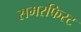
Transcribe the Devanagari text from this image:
समरफिस्ट